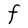
Character: F